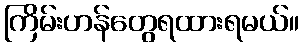
ကြိမ်းဟန်တွေရထားရမယ်။